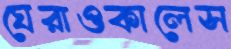
ঘেরাওকালেস